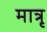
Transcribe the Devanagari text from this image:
मात्रृ